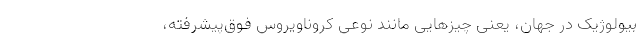
بیولوژیک در جهان، یعنی چیزهایی مانند نوعی کروناویروس فوق‌پیشرفته،